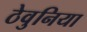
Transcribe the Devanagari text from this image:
ठेवुनिया